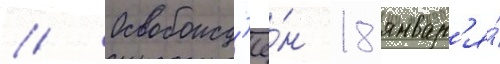
// Освобожд'ё́н 18 январ'я́